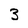
Character: 3